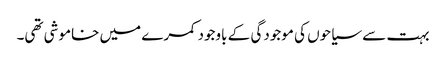
بہت سے سیاحوں کی موجودگی کے باوجود کمرے میں خاموشی تھی۔